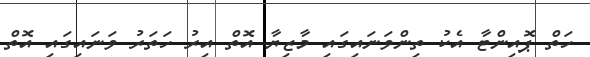
ހަތް ޕޮއިންޓާ އެކު ތިންވަނައިގައި މާޒިޔާ އޮތް އިރު ހަތަރު ވަނައިގައި އޮތް